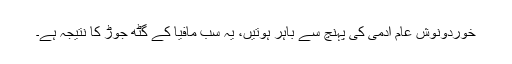
خوردونوش عام آدمی کی پہنچ سے باہر ہوتیں، یہ سب مافیا کے گٹھ جوڑ کا نتیجہ ہے۔